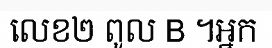
លេខ២ ពូល B ។អ្នក